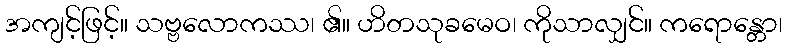
အကျင့်ဖြင့်။ သဗ္ဗလောကဿ၊ ၏။ ဟိတသုခမေဝ၊ ကိုသာလျှင်။ ကရောန္တော၊